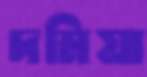
দমিয়া